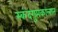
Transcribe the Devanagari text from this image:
स्कंदगुप्तकालात